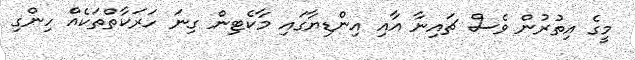
މީގެ އިތުރުން ވެސް ޗައިނާ އާއި އިންޑިޔާގައި މާކެޓިން ގިނަ ހަރަކާތްތަކެއް ހިންގި